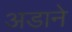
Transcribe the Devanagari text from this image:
अडाने